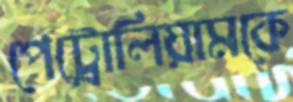
পেট্রোলিয়ামকে